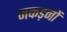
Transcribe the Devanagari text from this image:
जकड़नों